Annual report on the Civil Veterinary Department, Burma (including the Insein Veterinary School) - 1923-1931
Year: 1923
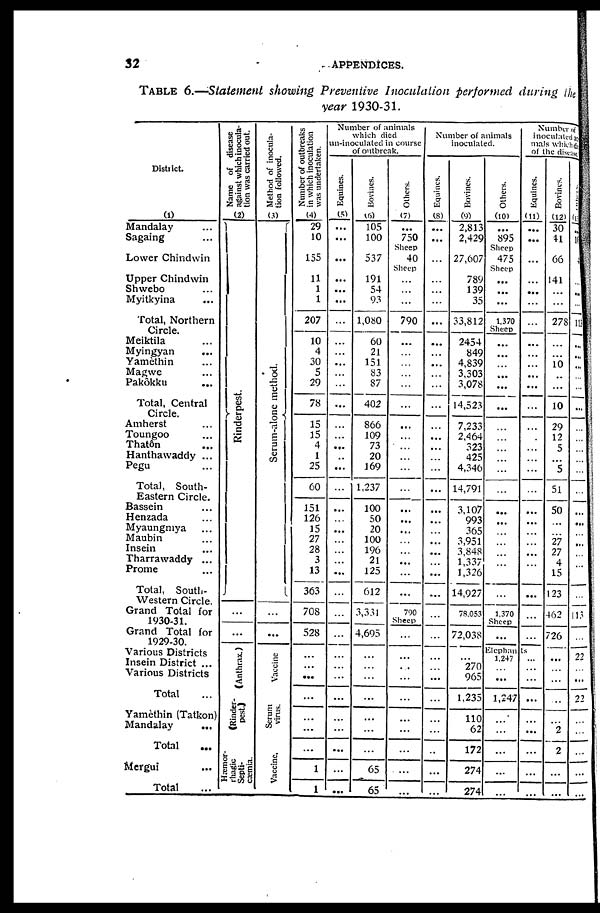
32
APPENDICES.
TABLE 6.—Statement showing Preventive Inoculation performed during the
year 1930-31.
District.
(1)
Mandalay ...
Sagaing ...
Lower Chindwin
Upper Chindwin
Shwebo ...
Myitkyina ...
Total, Northern
Cirele.
Meiktila ...
Myingyan ...
Yamèthin ...
Magwe ...
Pakôkku ...
Total, Central
Cirele.
Amherst
Toungoo ...
Thatôn ...
Hanthawaddy ...
Pegu ...
Total
South-
Eastern Cirele.
Bassein ...
Henzada ...
Myaungmya ...
Maubin ...
Insein ...
Tharrawaddy ...
Prome ...
Total, South-
Western Circle.
Grand Total for
1930-31
Grand Total for
1929-30
Various Districts
Insein District ...
Various Districts
Total ...
Yamèthin (Tatkon)
Mandalay ...
Total ...
Mergui ...
Total ...
Name of disease
against which inocula-
tion was carried out.
(2)
Rinderpest.
...
...
(Anthrax.)
(Rinder-
pest.)
Hæmor
rhagic
Septi-
cæmia.
Method of inocula-
tion followed.
(3)
Scrum-alone method.
...
...
Vaccine
Scrum
virus.
Vaccine.
Number of outbreaks
in which inoculation
was undertaken.
(4)
29
10
155
11
1
1
207
10
4
30
5
29
78
15
15
4
1
25
60
151
126
15
27
28
3
13
363
708
528
...
...
...
...
...
...
...
1
1
Number of animals
which died
un-inoculated in course
of outbreak.
Equines.
(5)
...
...
...
...
...
...
...
...
...
...
...
...
...
...
...
...
...
...
...
...
...
...
...
...
...
...
...
...
...
...
...
...
...
...
...
...
...
...
Bovines.
(6)
105
100
537
191
54
93
1,080
60
21
151
83
87
402
866
109
73
20
169
1,237
100
50
20
100
196
21
125
612
3,331
4,695
...
...
...
...
...
...
...
65
65
Others.
(7)
...
750
Sheep
40
Sheep
...
...
...
790
...
...
...
...
...
...
...
...
...
...
...
...
...
...
...
...
...
...
...
...
790
Sheep
...
...
...
...
...
...
...
...
...
...
Number of animals
inoculated.
Equines.
(8)
...
...
...
...
...
...
...
...
...
...
...
...
...
...
...
...
...
...
...
...
...
...
...
...
...
...
...
...
...
...
...
...
...
...
...
...
...
...
Bovines.
(9)
2,813
2,429
27,607
789
139
35
33,812
2454
849
4,839
3,303
3,078
14,523
7,233
2,464
323
425
4,346
14,791
3,107
993
365
3,951
3,848
1,337
1,326
14,927
78,053
72,038
...
270
965
1,235
110
62
172
274
274
Others.
(10)
...
895
Sheep
475
Sheep
...
...
...
1,370
Sheep
...
...
...
...
...
...
...
...
...
...
...
...
...
...
...
...
...
...
...
...
1,370
Sheep
...
Elephants
1,247
...
...
1,247
...
...
...
...
...
Number
inoculated
mals
where
of the
dis
Equines.
(11)
...
...
...
...
...
...
...
...
...
...
...
...
...
...
...
...
...
...
...
...
...
...
...
...
...
...
...
...
...
...
...
...
...
...
...
...
...
...
Bovines.
(12)
30
41
66
141
...
...
278
...
...
10
...
...
10
29
12
5
...
5
51
50
...
...
27
27
4
15
123
462
726
...
...
...
...
...
2
2
...
...
Others.
(13)
...
...
...
...
...
...
13
...
...
...
...
...
...
...
...
...
...
...
...
...
...
...
...
...
...
...
...
113
...
22
...
...
22
...
...
...
...
...